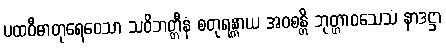
ပထဝီဓာတုရေဝေသာ သဝိဘတ္တီနံ စတုရန္တာယ အဝစန္တိ ဘုတ္တာဝသေသံ နာဒဋ္ဌာ